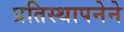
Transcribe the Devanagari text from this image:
प्रतिस्थापनेने